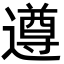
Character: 遵